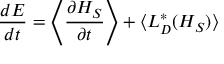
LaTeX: { \frac { d E } { d t } } = \left\langle { \frac { \partial H _ { S } } { \partial t } } \right\rangle + \langle L _ { D } ^ { * } ( H _ { S } ) \rangle